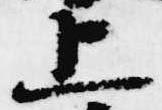
上